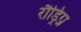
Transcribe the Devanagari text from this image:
रौड्रिग्ज